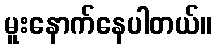
မူးနောက်နေပါတယ်။